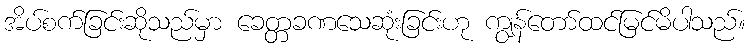
အိပ်စက်ခြင်းဆိုသည်မှာ ခေတ္တခဏသေဆုံးခြင်းဟု ကျွန်တော်ထင်မြင်မိပါသည်။